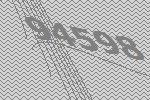
94598